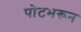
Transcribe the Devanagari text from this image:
पोटभरून